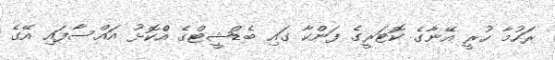
ރަހުމާ ހުރީ އޭނާގެ ކޮޓަރީގެ ފަންކާ ގައި ބެޑްޝީޓްގެ އެްކޮޅު އައްސާފައި އޭގެ